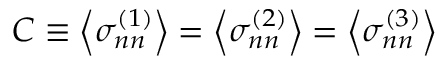
C \equiv \left\langle \sigma _ { n n } ^ { ( 1 ) } \right\rangle = \left\langle \sigma _ { n n } ^ { ( 2 ) } \right\rangle = \left\langle \sigma _ { n n } ^ { ( 3 ) } \right\rangle